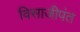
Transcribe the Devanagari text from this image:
विसाजीपंत